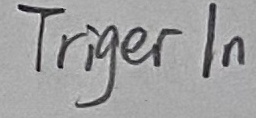
Text: triger in